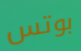
بوتس